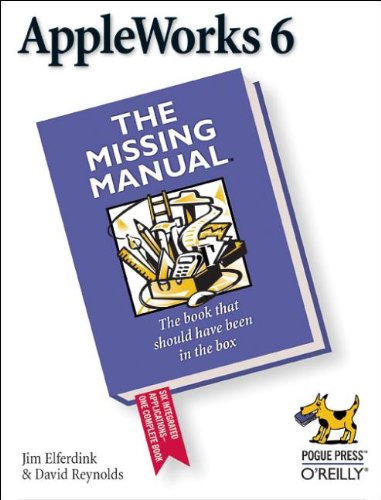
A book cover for AppleWorks 6: the Missing Manual; Jim Elferdink; Computers & Technology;